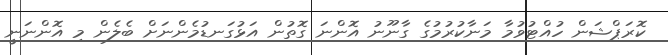
ކޮރަޕްޝަން ހުއްޓުވުމާ މަނާކުރުމުގެ ގާނޫނު އޮންނަ ގޮތުން އަޅުގަނޑުމެންނަށް ބެލެން މި އޮންނަނީ